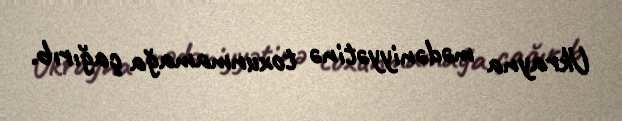
Ukrayna mədəniyyətinə toxunmamağa çağırıb.